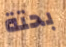
بحتة